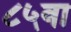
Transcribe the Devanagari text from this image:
८५वा